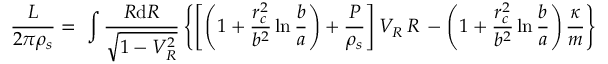
\frac L { 2 \pi \rho _ { s } } = \ \int \frac { R \mathrm { d } R } { \sqrt { 1 - V _ { R } ^ { 2 } } } \left\{ \left[ \left( 1 + \frac { r _ { c } ^ { 2 } } { b ^ { 2 } } \ln \frac b a \right) + \frac P { \rho _ { s } } \right] V _ { R } \, R \, - \left( 1 + \frac { r _ { c } ^ { 2 } } { b ^ { 2 } } \ln \frac b a \right) \frac \kappa m \right\}